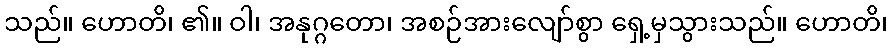
သည်။ ဟောတိ၊ ၏။ ဝါ၊ အနုဂ္ဂတော၊ အစဉ်အားလျော်စွာ ရှေ့မှသွားသည်။ ဟောတိ၊